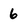
Character: 6